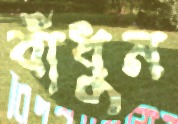
বাঁধুন